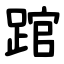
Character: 䠉